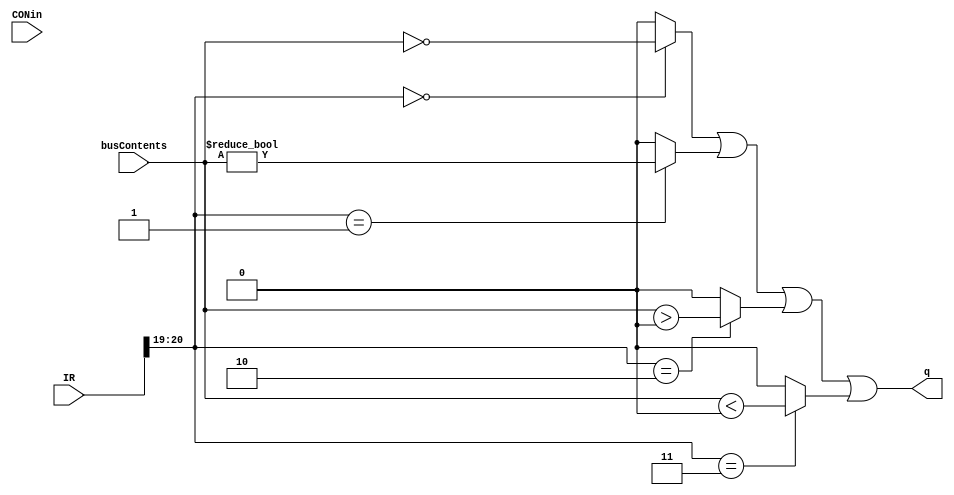
module CONFF (
input [31:0] busContents, 
input [31:0]  IR, 
input CONin,
output reg  q


); 

wire[3:0] c2 = IR[22:19]; 
wire[1:0] c_l= c2[1:0]; 

always@(*)
begin 
	    //beq zero
q = (c_l== 2'b00 ? busContents == 0 : 0) |
	    //bneq zero 
 		(c_l== 2'b01 ? busContents != 0 : 0) |
 		       //gtr zero
			 (c_l==2'b10 ? busContents > 0 : 0) |
			    //lte 0 
 				(c_l== 2'b11 ? busContents < 0 : 0) ;
end

endmodule